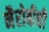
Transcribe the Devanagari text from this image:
नैरोबीची